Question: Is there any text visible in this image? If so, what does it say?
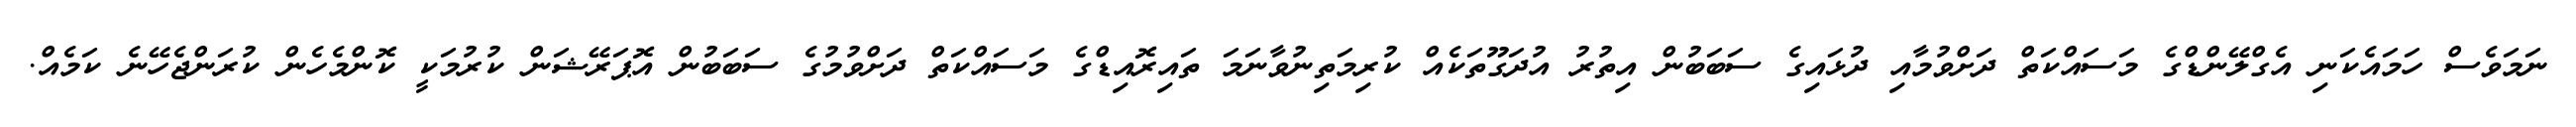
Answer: ނަމަވެސް ހަމައެކަނި އެގްލޭންޑްގެ މަސައްކަތް ދަށްވުމާއި ދުޅައިގެ ސަބަބުން އިތުރު އުދަގޫތަކެއް ކުރިމަތިނުވާނަމަ ތައިރޮއިޑްގެ މަސައްކަތް ދަށްވުމުގެ ސަބަބުން އޮޕަރޭޝަން ކުރުމަކީ ކޮންމެހެން ކުރަންޖެހޭނެ ކަމެއް.